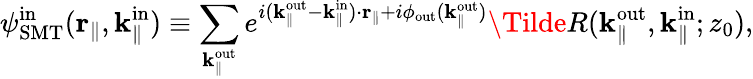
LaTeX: {\psi}_{\mathrm{SMT}}^{\mathrm{in}}(\textbf{r}_{\parallel},\textbf{k}_{\parallel}^{\mathrm{in}})\equiv\sum_{\textbf{k}_{\parallel}^{\mathrm{out}}}e^{i(\textbf{k}_{\parallel}^{\mathrm{out}}-\textbf{k}_{\parallel}^{\mathrm{in}})\cdot\textbf{r}_{\parallel}+i\phi_{\mathrm{out}}(\mathbf k_{\parallel}^{\mathrm{out}})}\Tilde{R}(\textbf{k}_{\parallel}^{\mathrm{out}},\textbf{k}_{\parallel}^{\mathrm{in}};z_{0}),